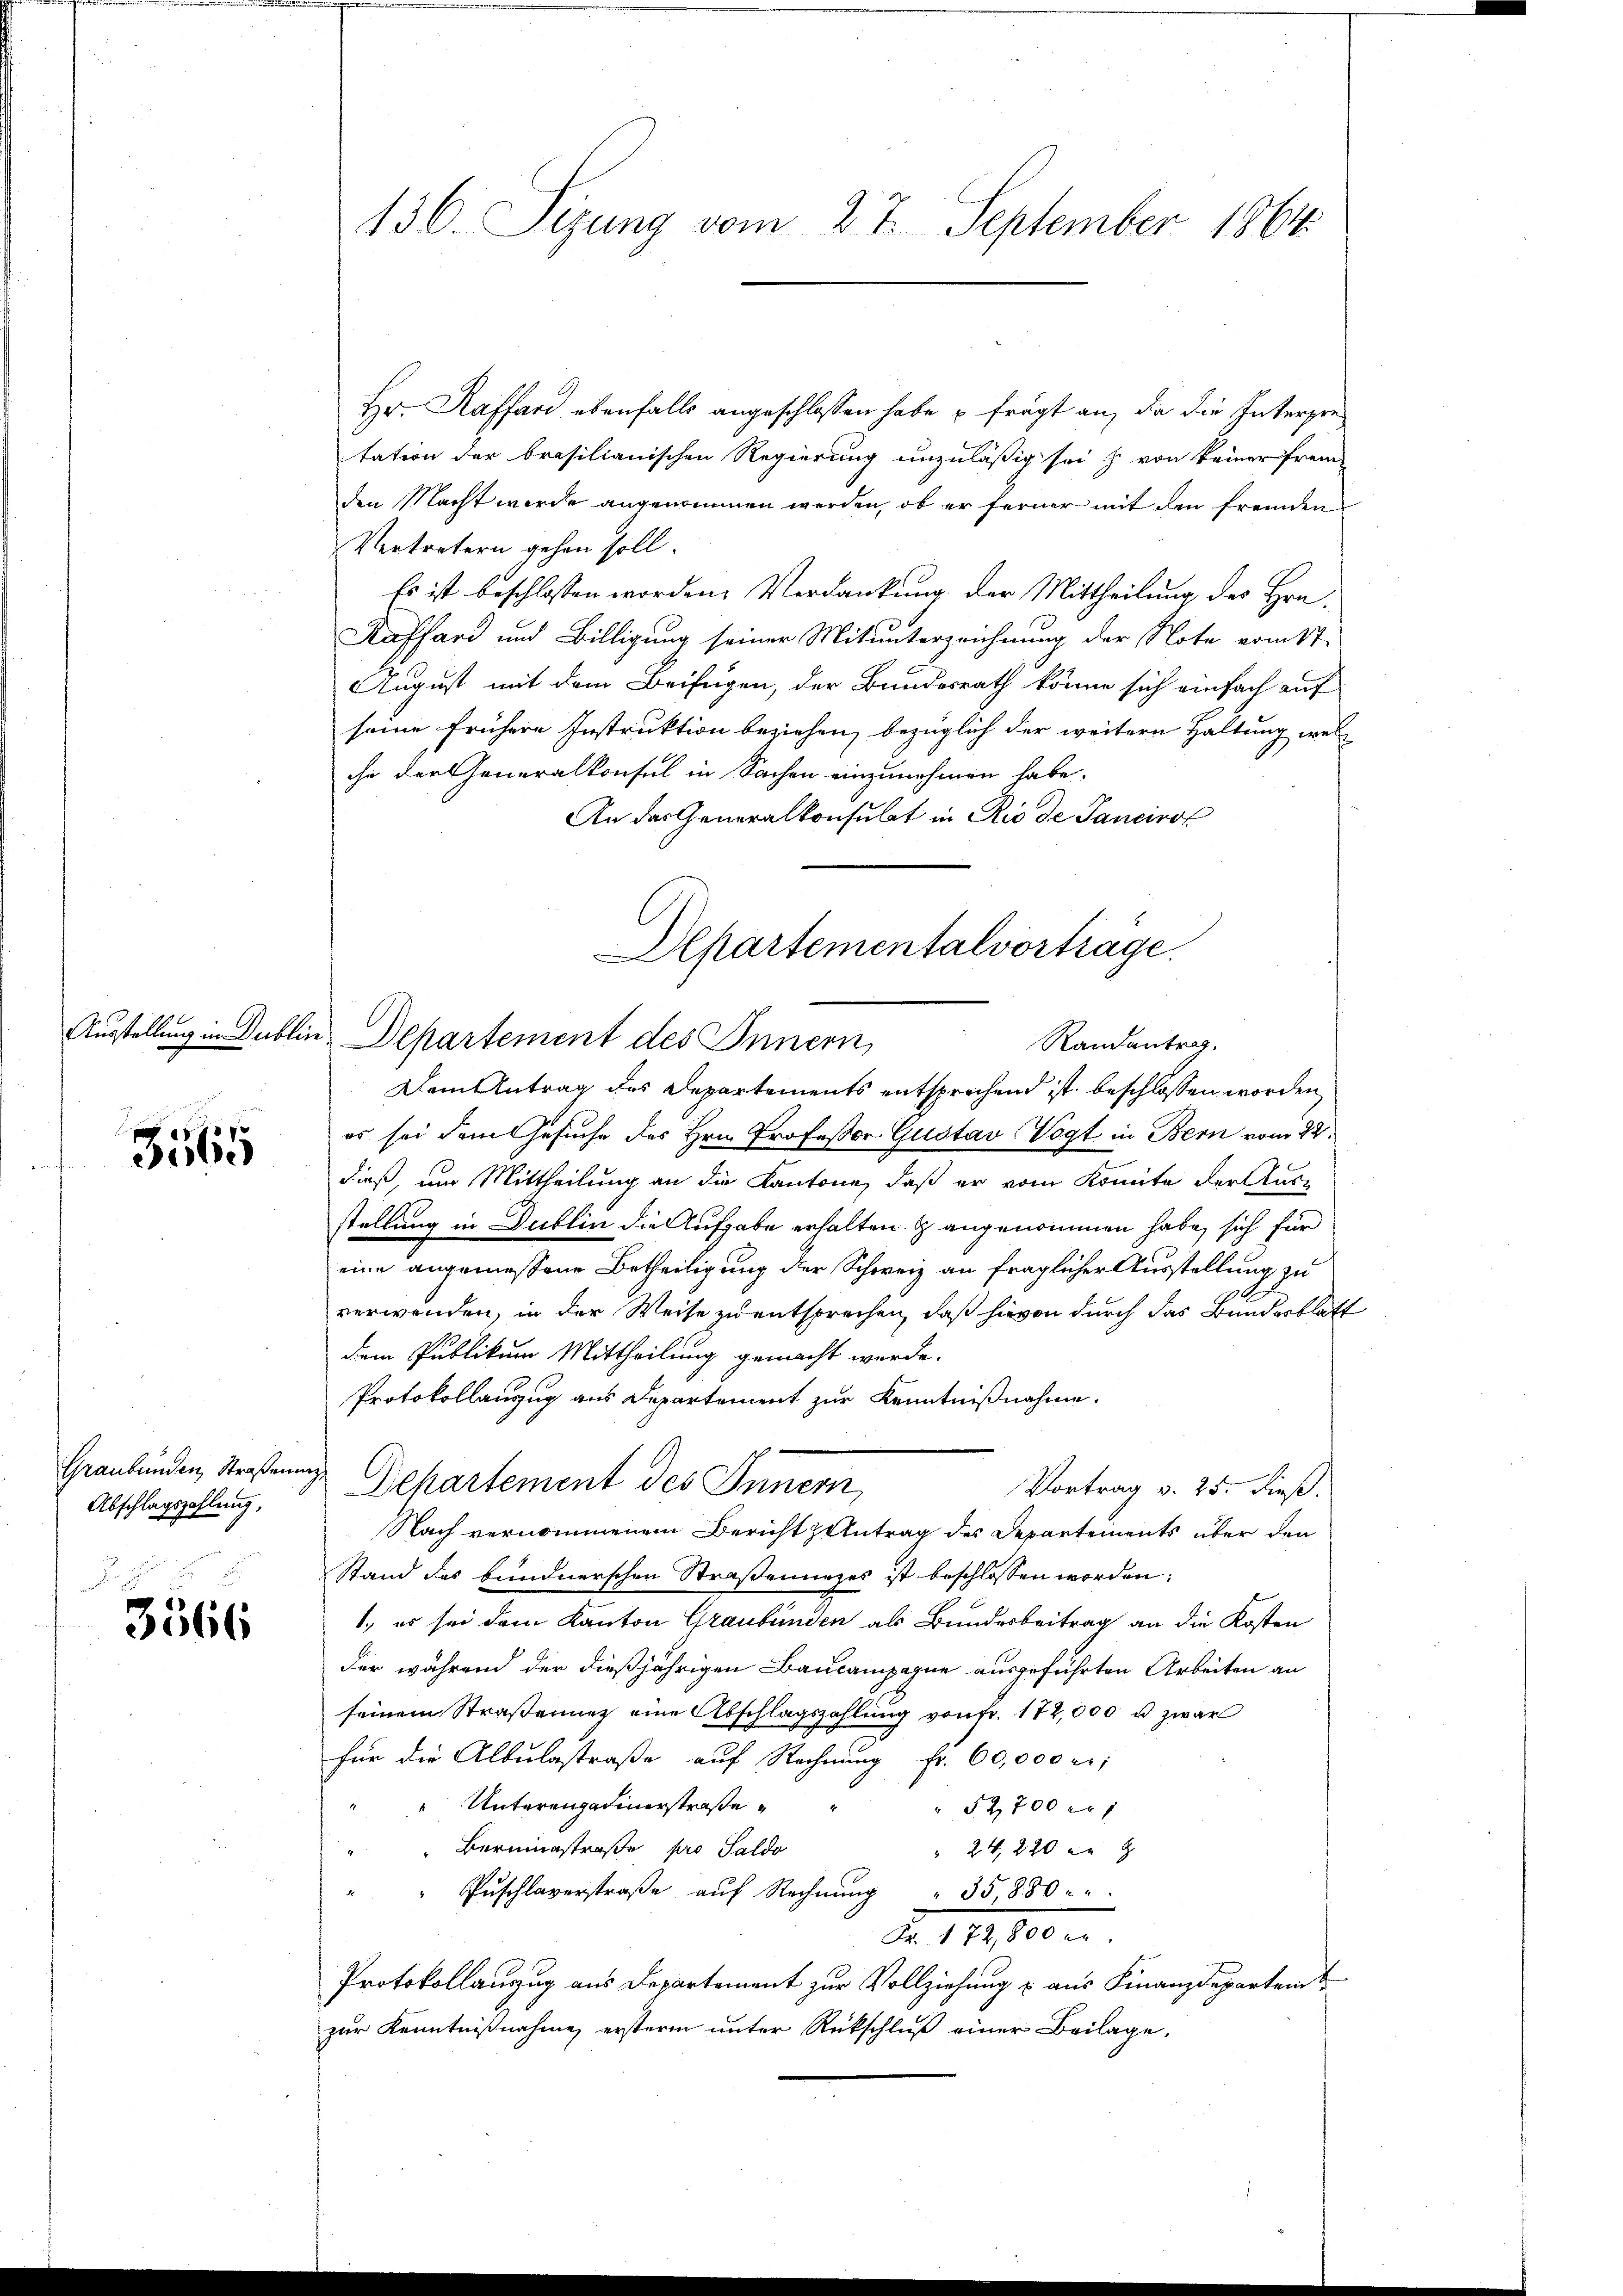
5
3065

Abschlagszahlung,

3566

136. Sezung vom 27. September 1864.

Hr. Raffard ebenfalls angeschlossen habe u fragt an, da die Interpretation der brasilianischen Regierung unzuläßig sei & von keiner frem-
den Macht werde angenommen werden, ob er ferner mit den fremden
Vertretern gehen soll.
Es ist beschlossen worden. Verdankung der Mittheilung des Hrn.
Kaffard und Billigung seiner Mitunterzeichnung der Note vom 17.
August mit dem Beifügen, der Bundesrath könne sich einfach auf
seine frühere Instruktion beziehen, bezüglich der weitern Haltung wel
ihn der Generalkonsul in Sachen einzunehmen habe.
An das Generalkonsulat in Rio de Tancirol
Dem Antrag des Departements entsprechend ist beschlossen worden,
es sei dem Gesuche des Hrn. Professor Gustav Vogt in Bern vom 22.
dieß, um Mittheilung an die Kantone, daß er vom Komite der Aus-
stellung in Gutlin die Aufgabe erhalten  angenommen habe, sich für
eine angemessene Betheiligung der Schweiz an fraglicher Ausstellung zu
verwenden, in der Weise zu entsprechen, daß hievon durch das Bundesblatt
dem Publikum Mittheilung gemacht werde.
Protokollanzug aus Departement zur Kenntnißnahme.
Graubünden Kristung Dekartement des Innern,
Vortrag v. 25. dieß.
Nach vernommenem Bericht Antrag des Departements über den
Stand des bundnerschen Straßenunges ist beschlossen worden:
1., es sei dem Kanton Graubünden als Bundesbeitrag an die Kosten
der während der dießjährigen Baucampagne ausgeführten Arbeiten an
seinem Straßenung eine Abschlagszahlung von fr. 172,000 u. zwar
für die Albulgstraße auf Rechnung fr. 60,000 er;
Unterengadinerstraße
52,700 x
Berministraße pro Saldo
 24, 220 in g
Puschlaverstraβe aŭf Rechnŭng " 35880 u.
Fr. 172,800 er
Protokollauszug aus Departement zur Vollziehung u. aus Finanzdepartamt
zur Kenntnißnahme ersterm unter Rückschluß einer Beilage,

Ausstellung in Publin Departement des Innern,

Departementalvortrage.
Randantrag.